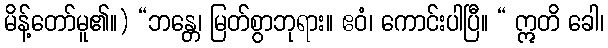
မိန့်တော်မူ၏။) “ဘန္တေ၊ မြတ်စွာဘုရား။ ဧဝံ၊ ကောင်းပါပြီ။ “ ဣတိ ခေါ၊